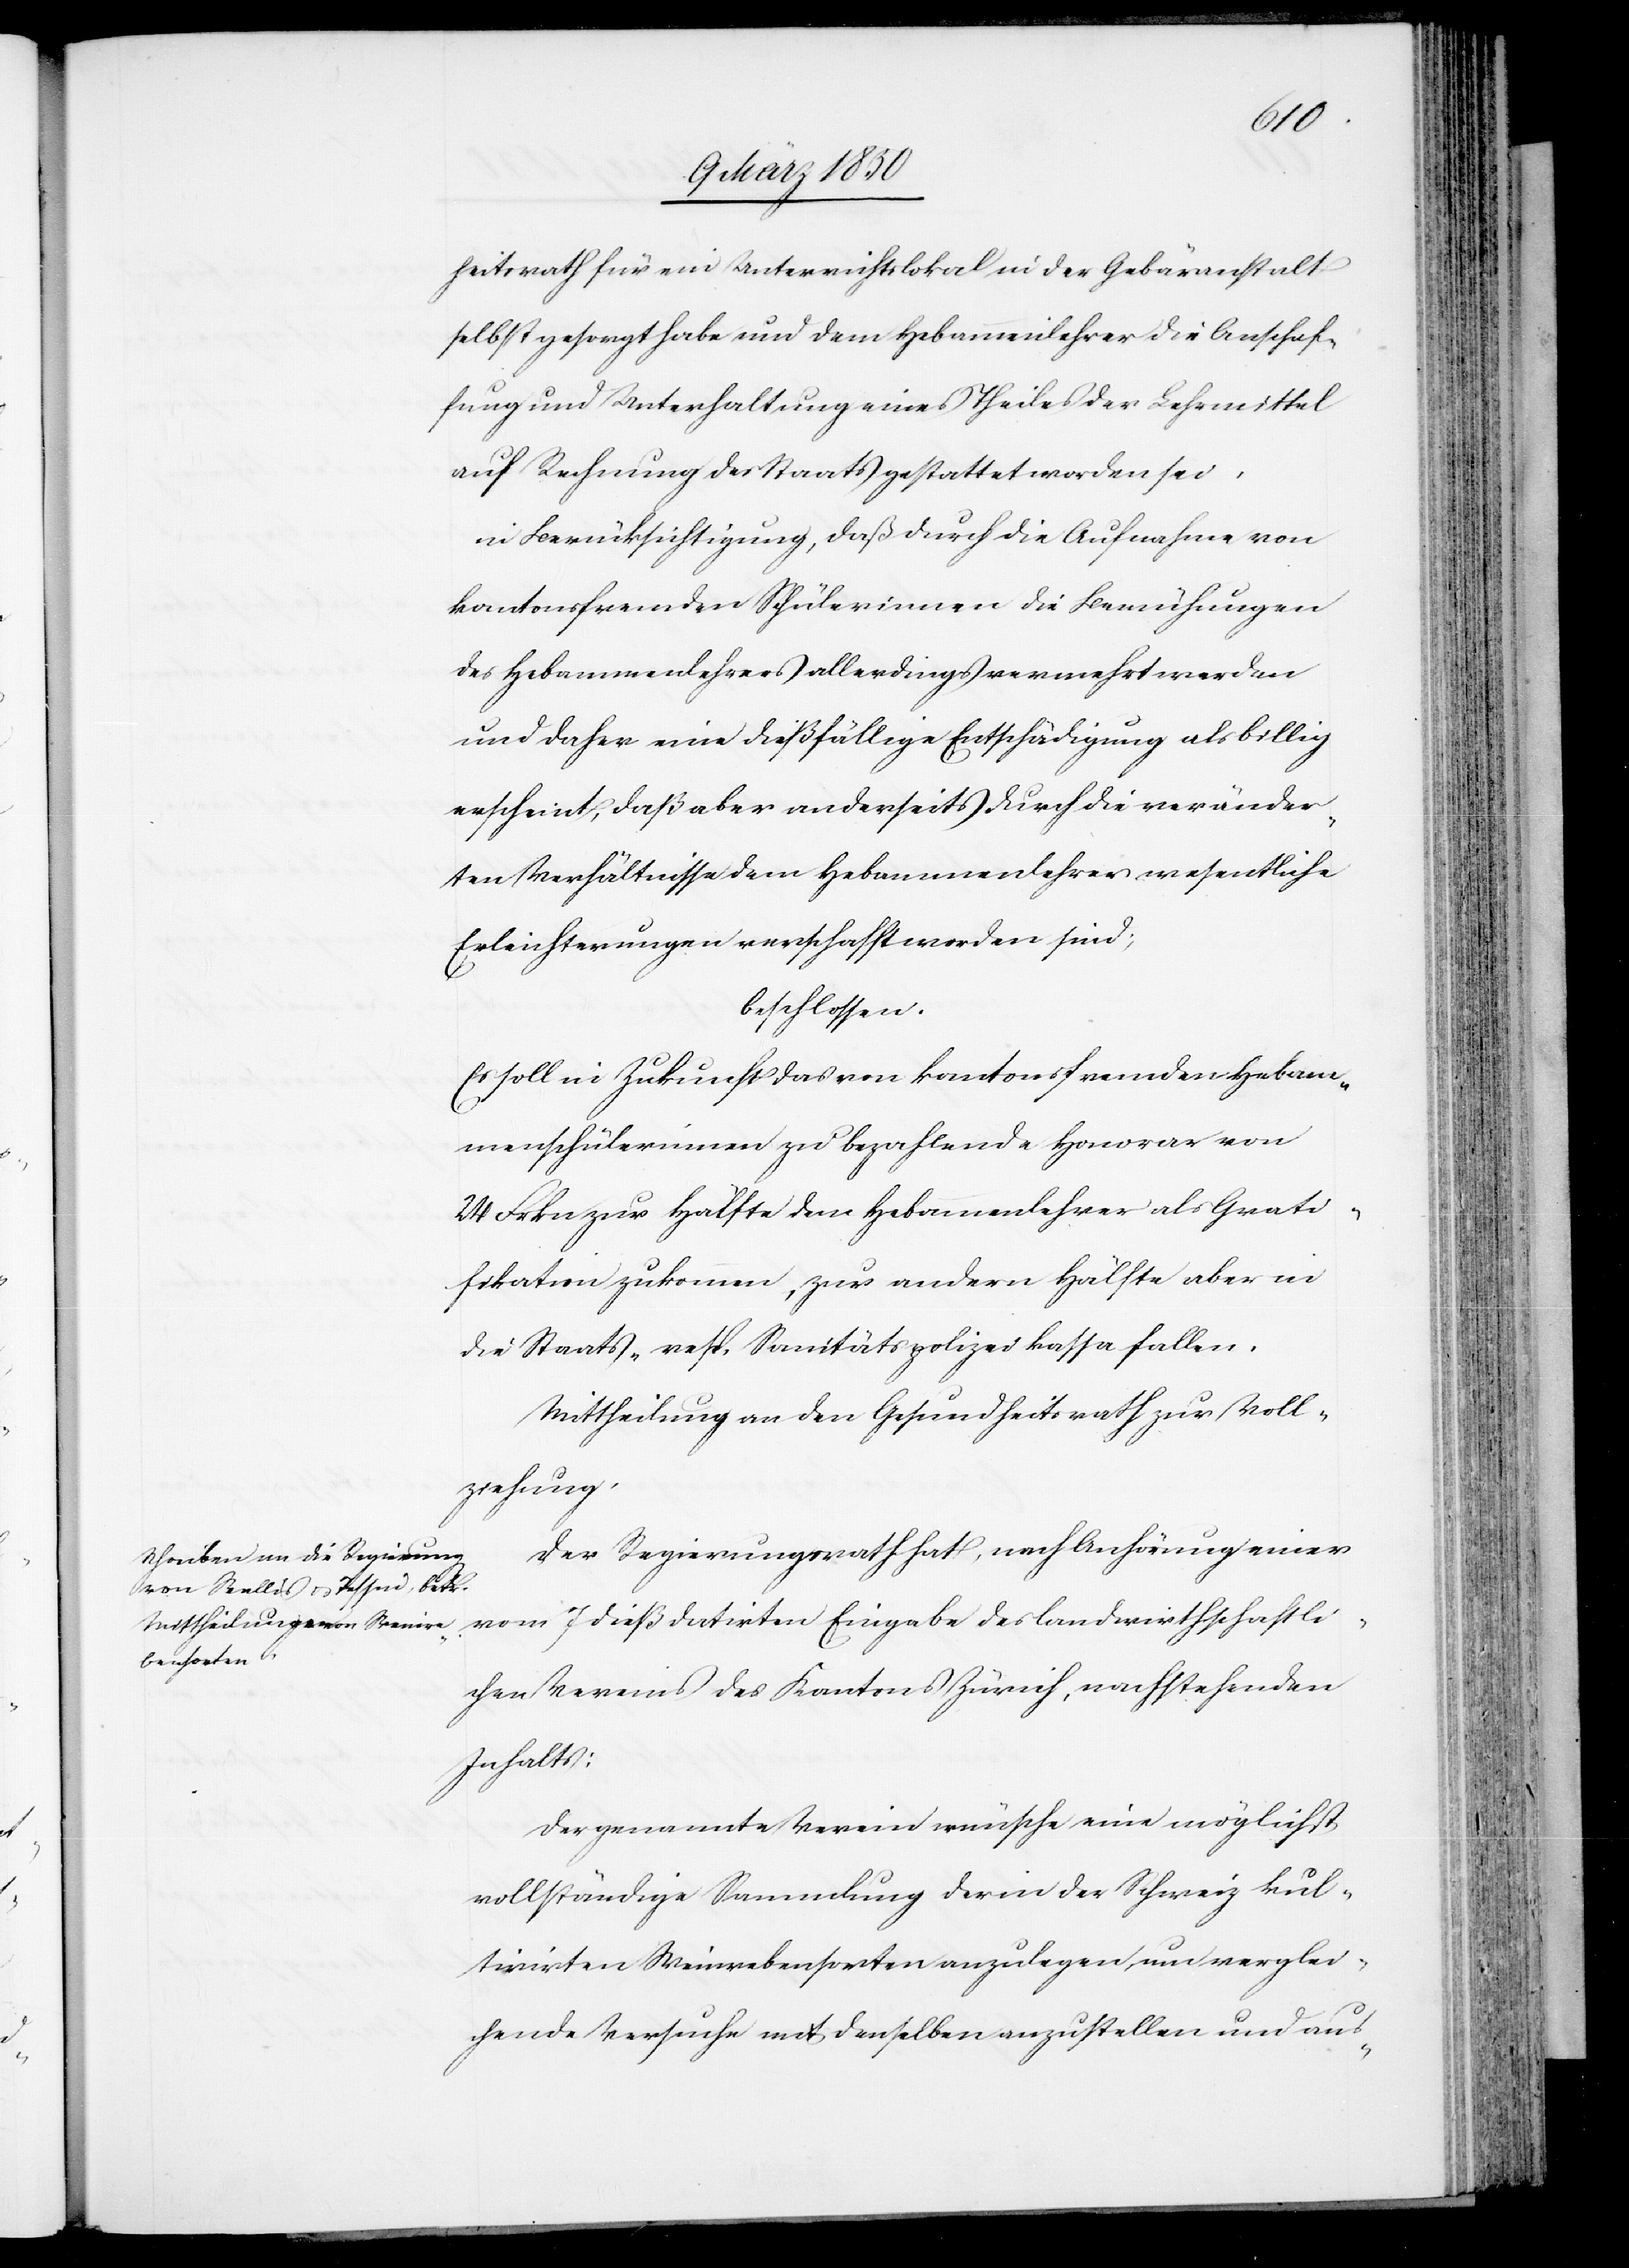
heitsrath für ein Unterrichtslokal in der Gebäranstalt
selbst gesorgt habe und dem Hebammenlehrer die Anschaf¬
fung und Unterhaltung eines Theiles der Lehrmittel
auf Rechnung des Staats gestattet worden sei,
in Berücksichtigung, daß durch die Aufnahme von
kantonsfremden Schülerinnen die Bemühungen
des Hebammenlehrers allerdings vermehrt werden
und daher eine dießfällige Entschädigung als billig
erscheint, daß aber anderseits durch die veränder¬
ten Verhältnisse dem Hebammenlehrer wesentliche
Erleichterungen verschafft worden sind;
beschlossen:
Es soll in Zukunft das von kantonsfremden Hebam¬
menschülerinnen zu bezahlende Honorar von
24 Frkn zur Hälfte dem Hebammenlehrer als Grati¬
fikation zukommen, zur andern Hälfte aber in
die Staats- resp. Sanitätspolizeikassa fallen.
Mittheilung an den Gesundheitsrath zur Voll¬
ziehung.
Der Regierungsrath hat, nach Anhörung einer
vom 7 dieß datirten Eingabe des landwirthschaftli¬
chen Vereins des Kantons Zürich, nachstehenden
Inhalts:
Der genannte Verein wünsche eine möglichst
vollständige Sammlung der in der Schweiz kul¬
tivirten Weinrebensorten anzulegen, um verglei¬
chende Versuche mit denselben anzustellen und aus-